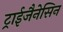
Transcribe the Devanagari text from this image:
ट्राईजैनेसिन